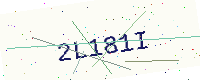
Text: 2L181I